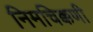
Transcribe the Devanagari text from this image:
निमचिक्कणी